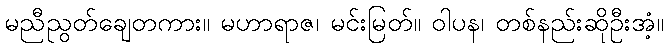
မညီညွတ်ချေတကား။ မဟာရာဇ၊ မင်းမြတ်။ ဝါပန၊ တစ်နည်းဆိုဦးအံ့။